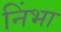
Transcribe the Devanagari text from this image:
निंभा